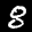
Label: 8